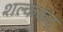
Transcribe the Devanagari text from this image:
शल्ककंद